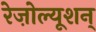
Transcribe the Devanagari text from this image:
रेज़ोल्यूशन्